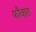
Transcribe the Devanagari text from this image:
फौवारा